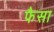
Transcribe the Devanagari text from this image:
फैसा